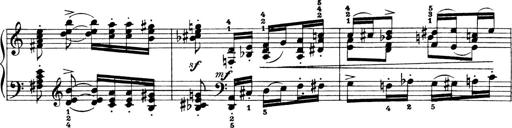
Title: 4 Sonatines
Composer: Max Reger